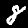
Label: 8